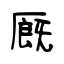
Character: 厩